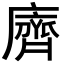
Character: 𪗆